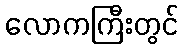
လောကကြီးတွင်